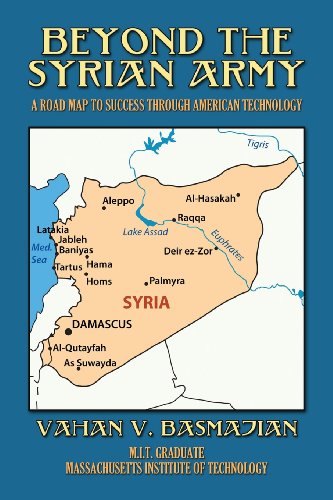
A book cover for Beyond The Syrian Army: A Road Map to Success Through American Technology; Mr. Vahan V. Basmajian; Travel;